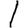
Digit: 1